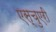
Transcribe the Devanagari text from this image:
एस्चुएरी